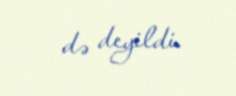
də deyildi.